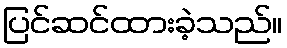
ပြင်ဆင်ထားခဲ့သည်။